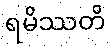
ရမိဿတိ